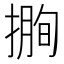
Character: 𢲰